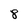
Character: 8